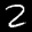
Digit: 2